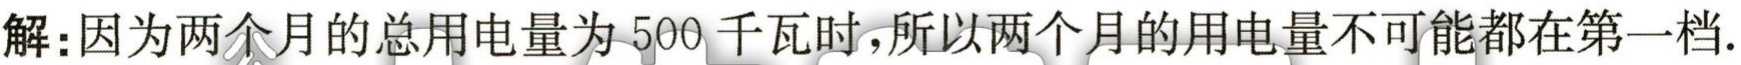
解：因为两个月的总用电量为500千瓦时，所以两个月的用电量不可能都在第一档.